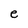
Character: e